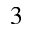
3